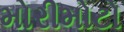
મોરીમોટો